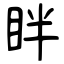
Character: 眫